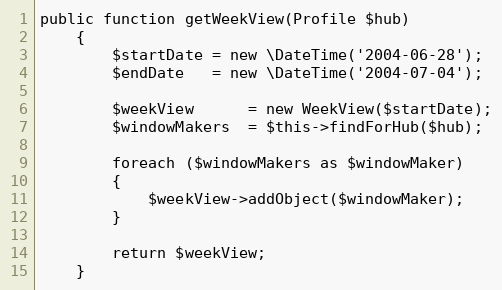
Language: PHP
public function getWeekView(Profile $hub)
    {
        $startDate = new \DateTime('2004-06-28');
        $endDate   = new \DateTime('2004-07-04');

        $weekView      = new WeekView($startDate);
        $windowMakers  = $this->findForHub($hub);

        foreach ($windowMakers as $windowMaker)
        {
            $weekView->addObject($windowMaker);
        }

        return $weekView;
    }